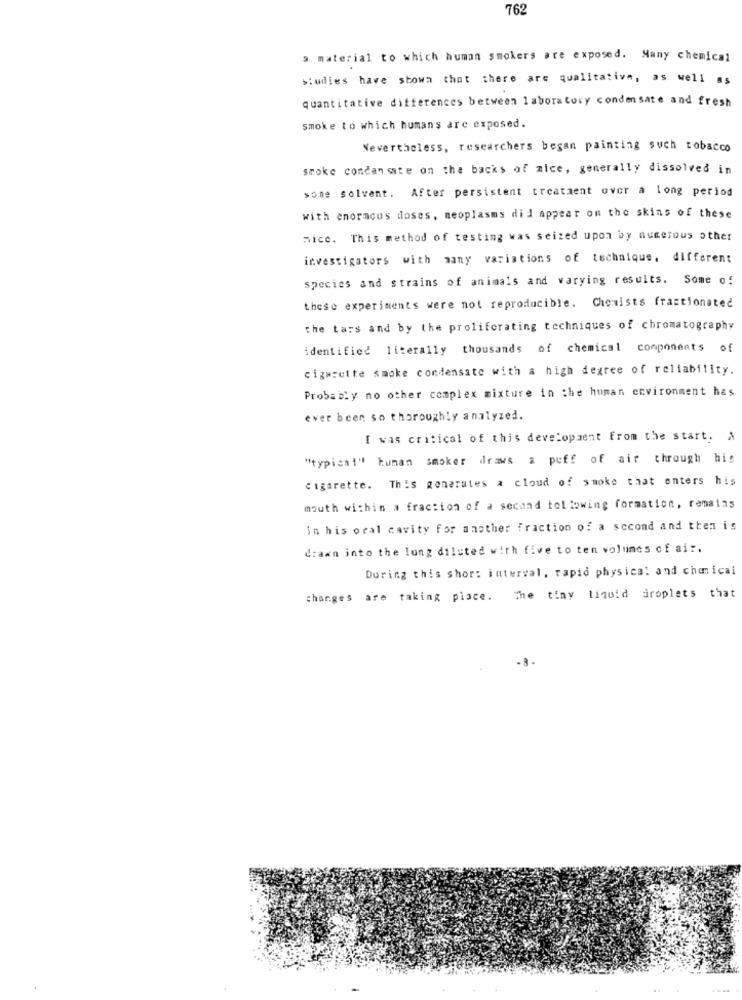
762
a material to which human smokers are exposed. Many chemical
studies have shown that there are qualitative, as well as
quantitative differences between laboratory condensate and fresh
smoke to which humans are exposed.
Nevertheless, researchers began painting such tobacco
smoke condansate on the backs of mice, generally dissolved in
sone solvent. After persistent treatment over a long period
with enormous doses, neoplasms dil appear on the skins of these
mice. This method of testing was seized upon by numerous other
investigators with many variations of technique, different
species and strains of animals and varying results. Some of
these experiments were not reproducible. Chemists fractionated
the tars and by the proliferating techniques of chromatography
identified literally thousands of chemical components of
cigarette smoke condensate with a high degree of reliability.
Probably no other complex mixture in the human environment has
ever been so thoroughly analyzed.
I was critical of this development From the start, A
"typical" human smoker draws a poff of air through his
cigarette. This generates a cloud of smoke that enters his
mouth within a fraction of a second tol lowing formation, remains
In his oral cavity for another fraction of a second and then is
drawn into the long diluted with five to ten volumes of ai :.
During this shor: interval, rapid physical and chemical
changes are taking place. The tiny liquid droplets that